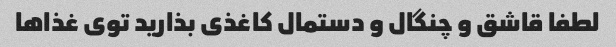
لطفا قاشق و چنگال و دستمال کاغذی بذارید توی غذاها